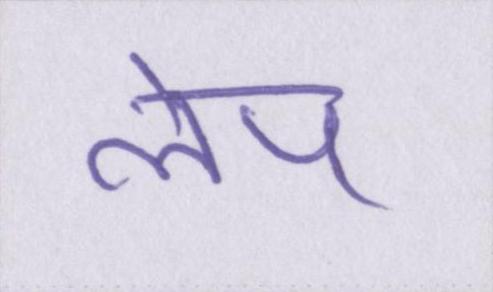
लेप